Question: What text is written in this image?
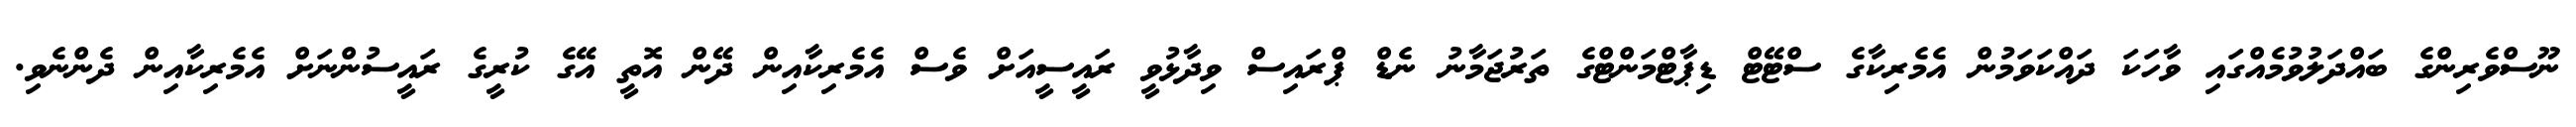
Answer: ނޫސްވެރިންގެ ބައްދަލުވުމެއްގައި ވާހަކަ ދައްކަވަމުން އެމެރިކާގެ ސްޓޭޓް ޑިޕާޓްމަންޓްގެ ތަރުޖަމާނު ނެޑް ޕްރައިސް ވިދާޅުވީ ރައީސީއަށް ވެސް އެމެރިކާއިން ދޭން އޮތީ އޭގެ ކުރީގެ ރައީސުންނަށް އެމެރިކާއިން ދެންނެވި.